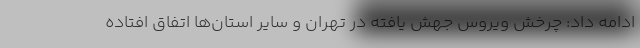
ادامه داد: چرخش ویروس جهش یافته در تهران و سایر استان‌ها اتفاق افتاده